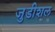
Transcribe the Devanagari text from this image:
जुडीशल